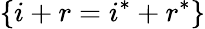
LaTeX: \{ i+r=i^{*}+r^{*}\}